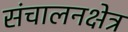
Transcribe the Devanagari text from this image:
संचालनक्षेत्र